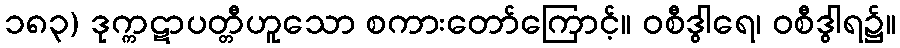
၁၈၃) ဒုက္ကဋာပတ္တီဟူသော စကားတော်ကြောင့်။ ဝစီဒွါရေ၊ ဝစီဒွါရ၌။